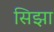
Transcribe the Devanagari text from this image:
सिझा